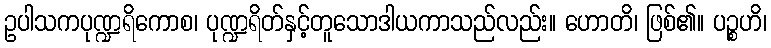
ဥပါသကပုဏ္ဍရိကောစ၊ ပုဏ္ဍရိတ်နှင့်တူသောဒါယကာသည်လည်း။ ဟောတိ၊ ဖြစ်၏။ ပဉ္စဟိ၊